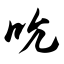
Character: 吮